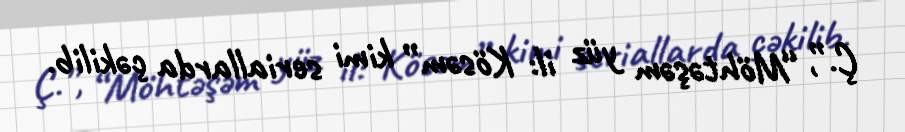
Ç.”, “Möhtəşəm yüz il: Kösəm” kimi seriallarda çəkilib.